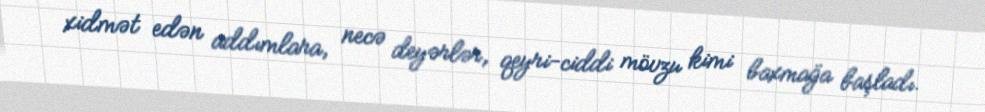
xidmət edən addımlara, necə deyərlər, qeyri-ciddi mövzu kimi baxmağa başladı.